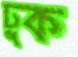
ঢুক